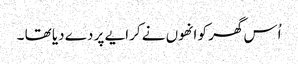
اُس گھر کو انھوں نے کرایے پر دے دیا تھا ۔